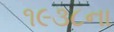
૧૯૩૮ના